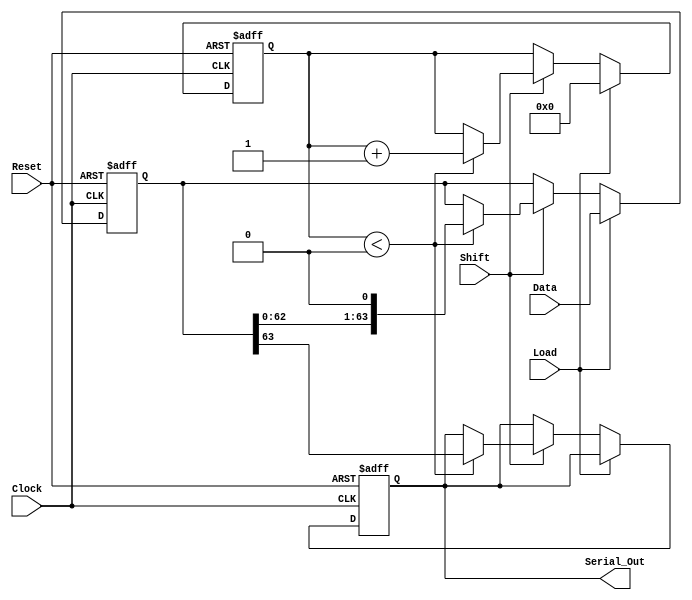
module PISO_64bit (
    input wire [63:0] Data,      // 64-bit parallel input
    input wire Load,             // Load control signal
    input wire Shift,            // Shift control signal
    input wire Clock,            // Clock signal
    input wire Reset,            // Asynchronous reset
    output reg Serial_Out        // Serial output
);

    reg [63:0] shift_reg;        // 64-bit shift register
    reg [5:0] shift_counter;     // 6-bit counter for tracking shifts

    always @(posedge Clock or posedge Reset) begin
        if (Reset) begin
            // Asynchronous reset
            shift_reg <= 64'b0;   // Clear the shift register
            Serial_Out <= 1'b0;   // Clear the serial output
            shift_counter <= 6'b0; // Reset the shift counter
        end else begin
            if (Load) begin
                // Load data into the shift register
                shift_reg <= Data;  // Load the parallel data
                shift_counter <= 6'b0; // Reset the shift counter
            end else if (Shift) begin
                // Shift operation
                if (shift_counter < 6'd64) begin
                    Serial_Out <= shift_reg[63]; // Output the MSB
                    shift_reg <= {shift_reg[62:0], 1'b0}; // Shift right
                    shift_counter <= shift_counter + 1'b1; // Increment counter
                end
            end
        end
    end

endmodule